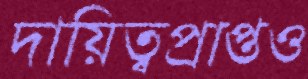
দায়িত্বপ্রাপ্তও